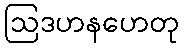
ဩဒဟနဟေတု